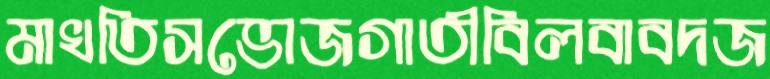
মাখতিসভোজগাতীবিলবাবদজ